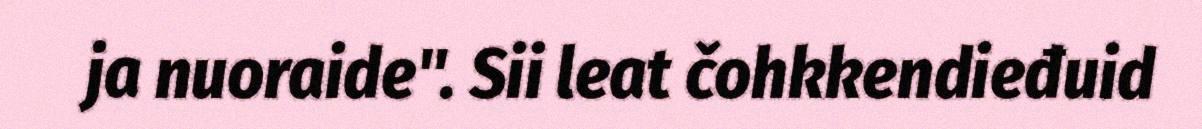
ja nuoraide". Sii leat čohkkendieđuid